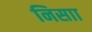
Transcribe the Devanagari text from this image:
निसाा